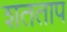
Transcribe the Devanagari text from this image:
शतताप